Plague in India, 1896, 1897 - Volume 1
Year: 1896
Disease focus: Plague
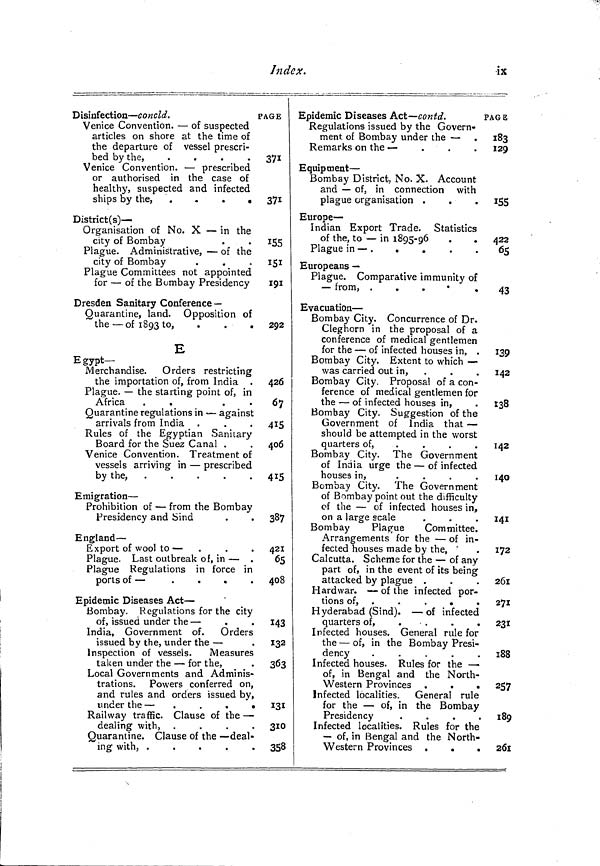
Index.
ix
Disinfection — concia.
Venice Convention. — of suspected
articles on shore at the time of
the departure of vessel prescri-
bed by the,
.
.
.
.
Venice Convention. — prescribed
or authorised in the case of
healthy, suspected and infected
ships by the,
.
District(s) —
Organisation of No. X — in the
city of Bombay
Plague. Administrative, — of the
city of Bombay
.
.
Plague Committees not appointed
for — of the Bombay Presidency
Dresden Sanitary Conference —
Quarantine, land. Opposition of
the — of 1893 to,
...
E
Egypt-
Merchandise. Orders restricting
the importation of, from India .
Plague. — the starting point of, in
Africa
.
.
.
Quarantine regulations in — against
arrivals from India
Rules of the Egyptian Sanitary
Board for the Suez Canal .
Venice Convention. Treatment of
vessels arriving in — prescribed
by the,
Emigration —
Prohibition of — from the Bombay
Presidency and Sind
England —
Export of wool to —
Plague. Last outbreak of, in — .
Plague Regulations in force in
ports of —
.
.
.
Epidemic Diseases Act-
Bombay. Regulations for the city
of, issued under the —
India, Government of. Orders
issued by the, under the —
Inspection of vessels.
Measures
taken under the — for the,
Local Governments and Adminis-
trations. Powers conferred on,
and rules and orders issued by>
under the — .
.
.
.
Railway traffic. Clause of the —
dealing with, .
Quarantine. Clause of the — deal-
ing with, .
.
.
.
.
PAGE
371
371
155
I5I
191
292
426
67
415
406
415
387
421
65
408
143
132
363
131
310
358
Epidemic Diseases Act—contd.
Regulations issued by the Govern-
ment of Bombay under the —
Remarks on the —
.
.
.
Equipment —
Bombay District, No. X. Account
and — of. in connection with
plague organisation .
Europe —
Indian Export Trade. Statistics
of the, to — in 1895-96
Plague in — .
.
.
Europeans —
Plague. Comparative immunity of
— from,
.
.
•
.
Evacuation —
Bombay City. Concurrence of Dr.
Cleghorn in the proposal of a
conference of medical gentlemen
for the — of infected houses in, .
Bombay City. Extent to which —
was carried out in, .
Bombay City. Proposal of a con-
ference of medical gentlemen for
the — of infected houses in,
Bombay City. Suggestion of the
Government of India that —
should be attempted in the worst
quarters of,
....
Bombay City. The Government
of India urge the — of infected
houses in,
.
.
.
.
Bombay City. The Government
of Bombay point out the difficulty
of the — of infected houses in,
on a large scale
Bombay
Plague
Committee.
Arrangements for the — of in-
fected houses made by the,
Calcutta. Scheme for the — of any
part of, in the event of its being
attacked by plague .
Hardwar. — of the infected por-
tions of, .
.
.
.
.
Hyderabad (Sind). — of infected
quarters of,
....
Infected houses. General rule for
the — of, in the Bombay Presi-
dency
.
.
.
.
.
Infected houses. Rules for the —
of, in Bengal and the North-
Western Provinces .
.
.
Infected localities. General rule
for the — of, in the Bombay
Presidency
.
Infected localities. Rules for the
— of, in Bengal and the North-
Western Provinces .
.
.
PAGE
183
129
155
422
65
43
139
142
138
142
140
141
172
261
271 "
231
188
257
189
261